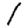
Digit: 1